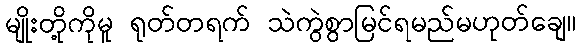
မျိုးတို့ကိုမူ ရုတ်တရက် သဲကွဲစွာမြင်ရမည်မဟုတ်ချေ။